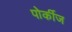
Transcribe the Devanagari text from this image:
पोर्कीज